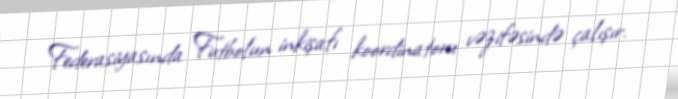
Federasiyasında Futbolun inkişafı koordinatoru vəzifəsində çalışır.